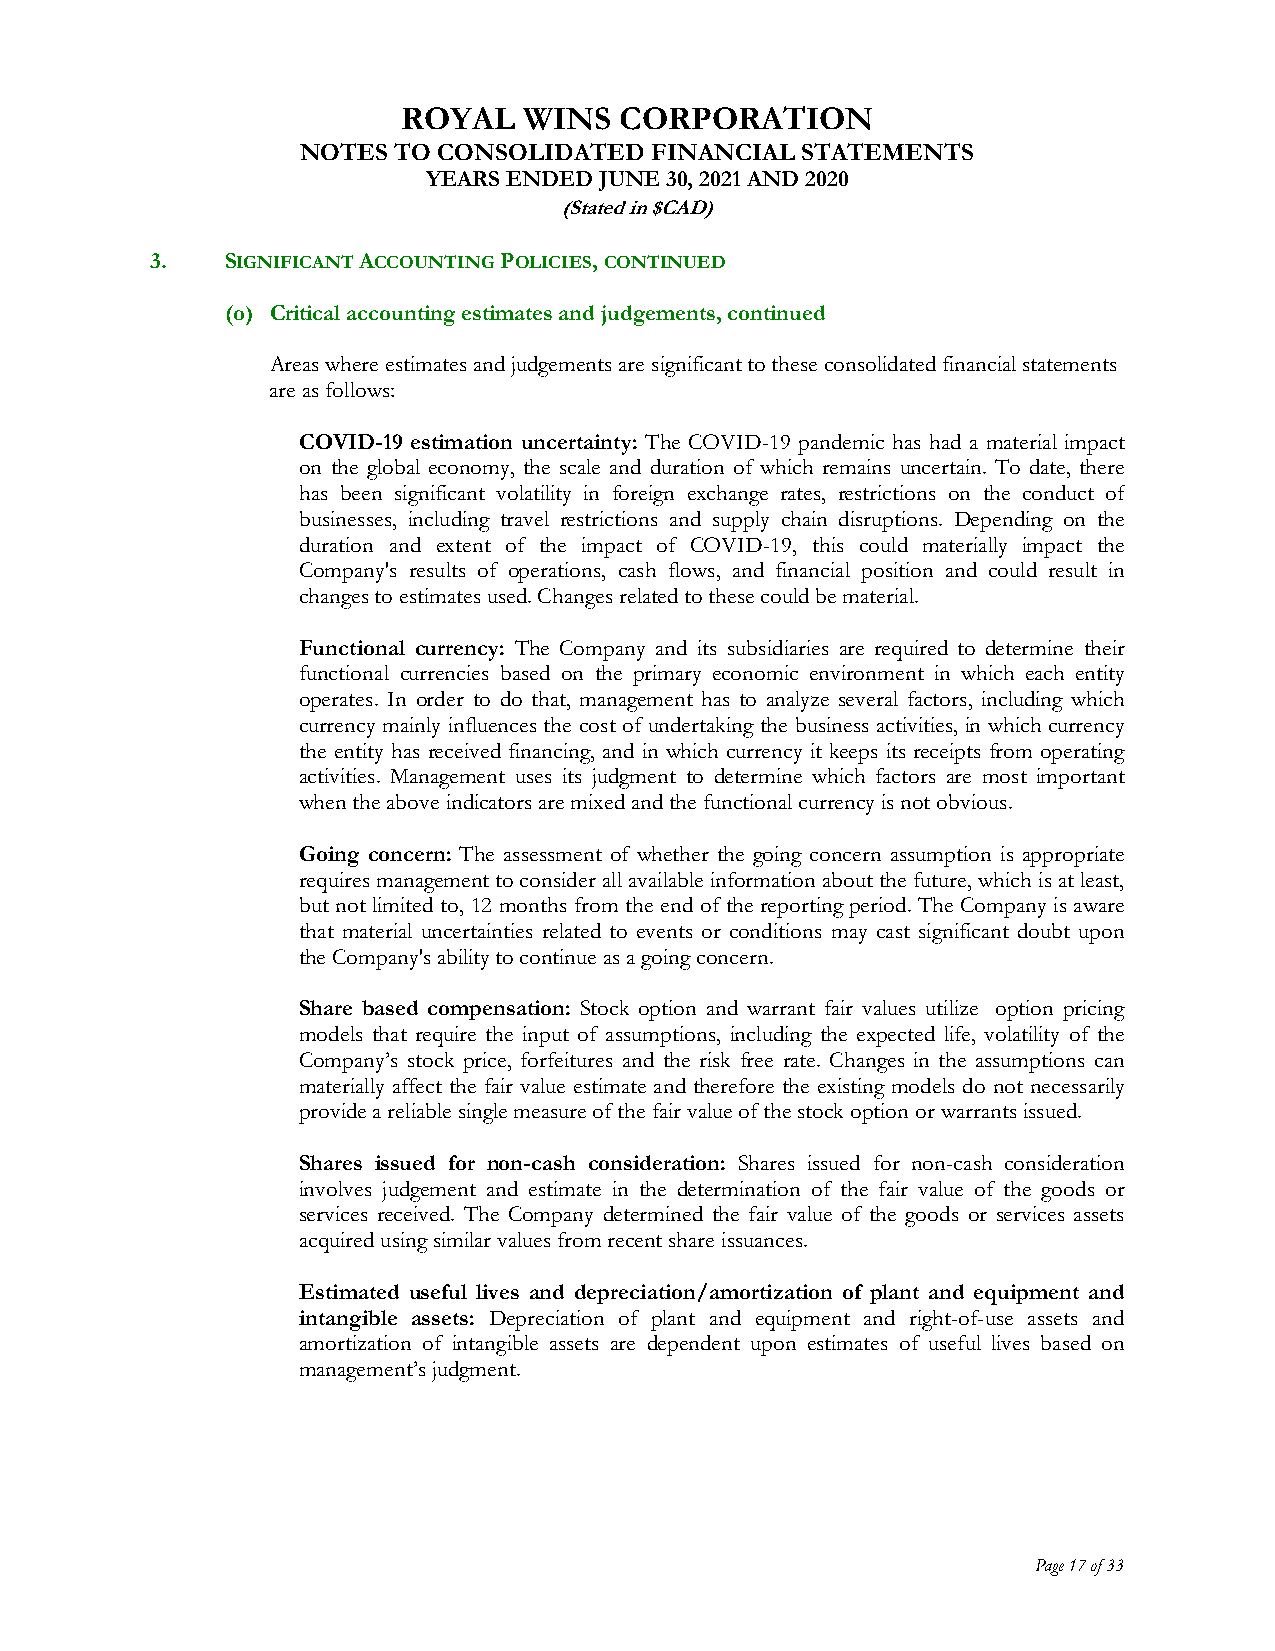
ROYAL   WINS  CORPORATION
 NOTES TO CONSOLIDATED  FINANCIAL STATEMENTS
 YEARS ENDED JUNE 30, 2021 AND 2020
 (Stated in $CAD)
 3.   SIGNIFICANT ACCOUNTING POLICIES, CONTINUED
 (o) Critical accounting estimates and judgements, continued
 Areas where estimates and judgements are significant to these consolidated financial statements
 are as follows:
 COVID-19 estimation uncertainty: The COVID-19 pandemic has had a material impact
 on the global economy, the scale and duration of which remains uncertain. To date, there
 has been significant volatility in foreign exchange rates, restrictions on the conduct of
 businesses, including travel restrictions and supply chain disruptions. Depending on the
 duration and extent of the impact of COVID-19, this could materially impact the
 Company's results of operations, cash flows, and financial position and could result in
 changes to estimates used. Changes related to these could be material.
 Functional currency: The Company and its subsidiaries are required to determine their
 functional currencies based on the primary economic environment in which each entity
 operates. In order to do that, management has to analyze several factors, including which
 currency mainly influences the cost of undertaking the business activities, in which currency
 the entity has received financing, and in which currency it keeps its receipts from operating
 activities. Management uses its judgment to determine which factors are most important
 when the above indicators are mixed and the functional currency is not obvious.
 Going concern: The assessment of whether the going concern assumption is appropriate
 requires management to consider all available information about the future, which is at least,
 but not limited to, 12 months from the end of the reporting period. The Company is aware
 that material uncertainties related to events or conditions may cast significant doubt upon
 the Company's ability to continue as a going concern.
 Share based compensation: Stock option and warrant fair values utilize option pricing
 models that require the input of assumptions, including the expected life, volatility of the
 Company’s stock price, forfeitures and the risk free rate. Changes in the assumptions can
 materially affect the fair value estimate and therefore the existing models do not necessarily
 provide a reliable single measure of the fair value of the stock option or warrants issued.
 Shares issued for non-cash consideration: Shares issued for non-cash consideration
 involves judgement and estimate in the determination of the fair value of the goods or
 services received. The Company determined the fair value of the goods or services assets
 acquired using similar values from recent share issuances.
 Estimated useful lives and depreciation/amortization of plant and equipment and
 intangible assets: Depreciation of plant and equipment and right-of-use assets and
 amortization of intangible assets are dependent upon estimates of useful lives based on
 management’s judgment.
 Page 17 of 33